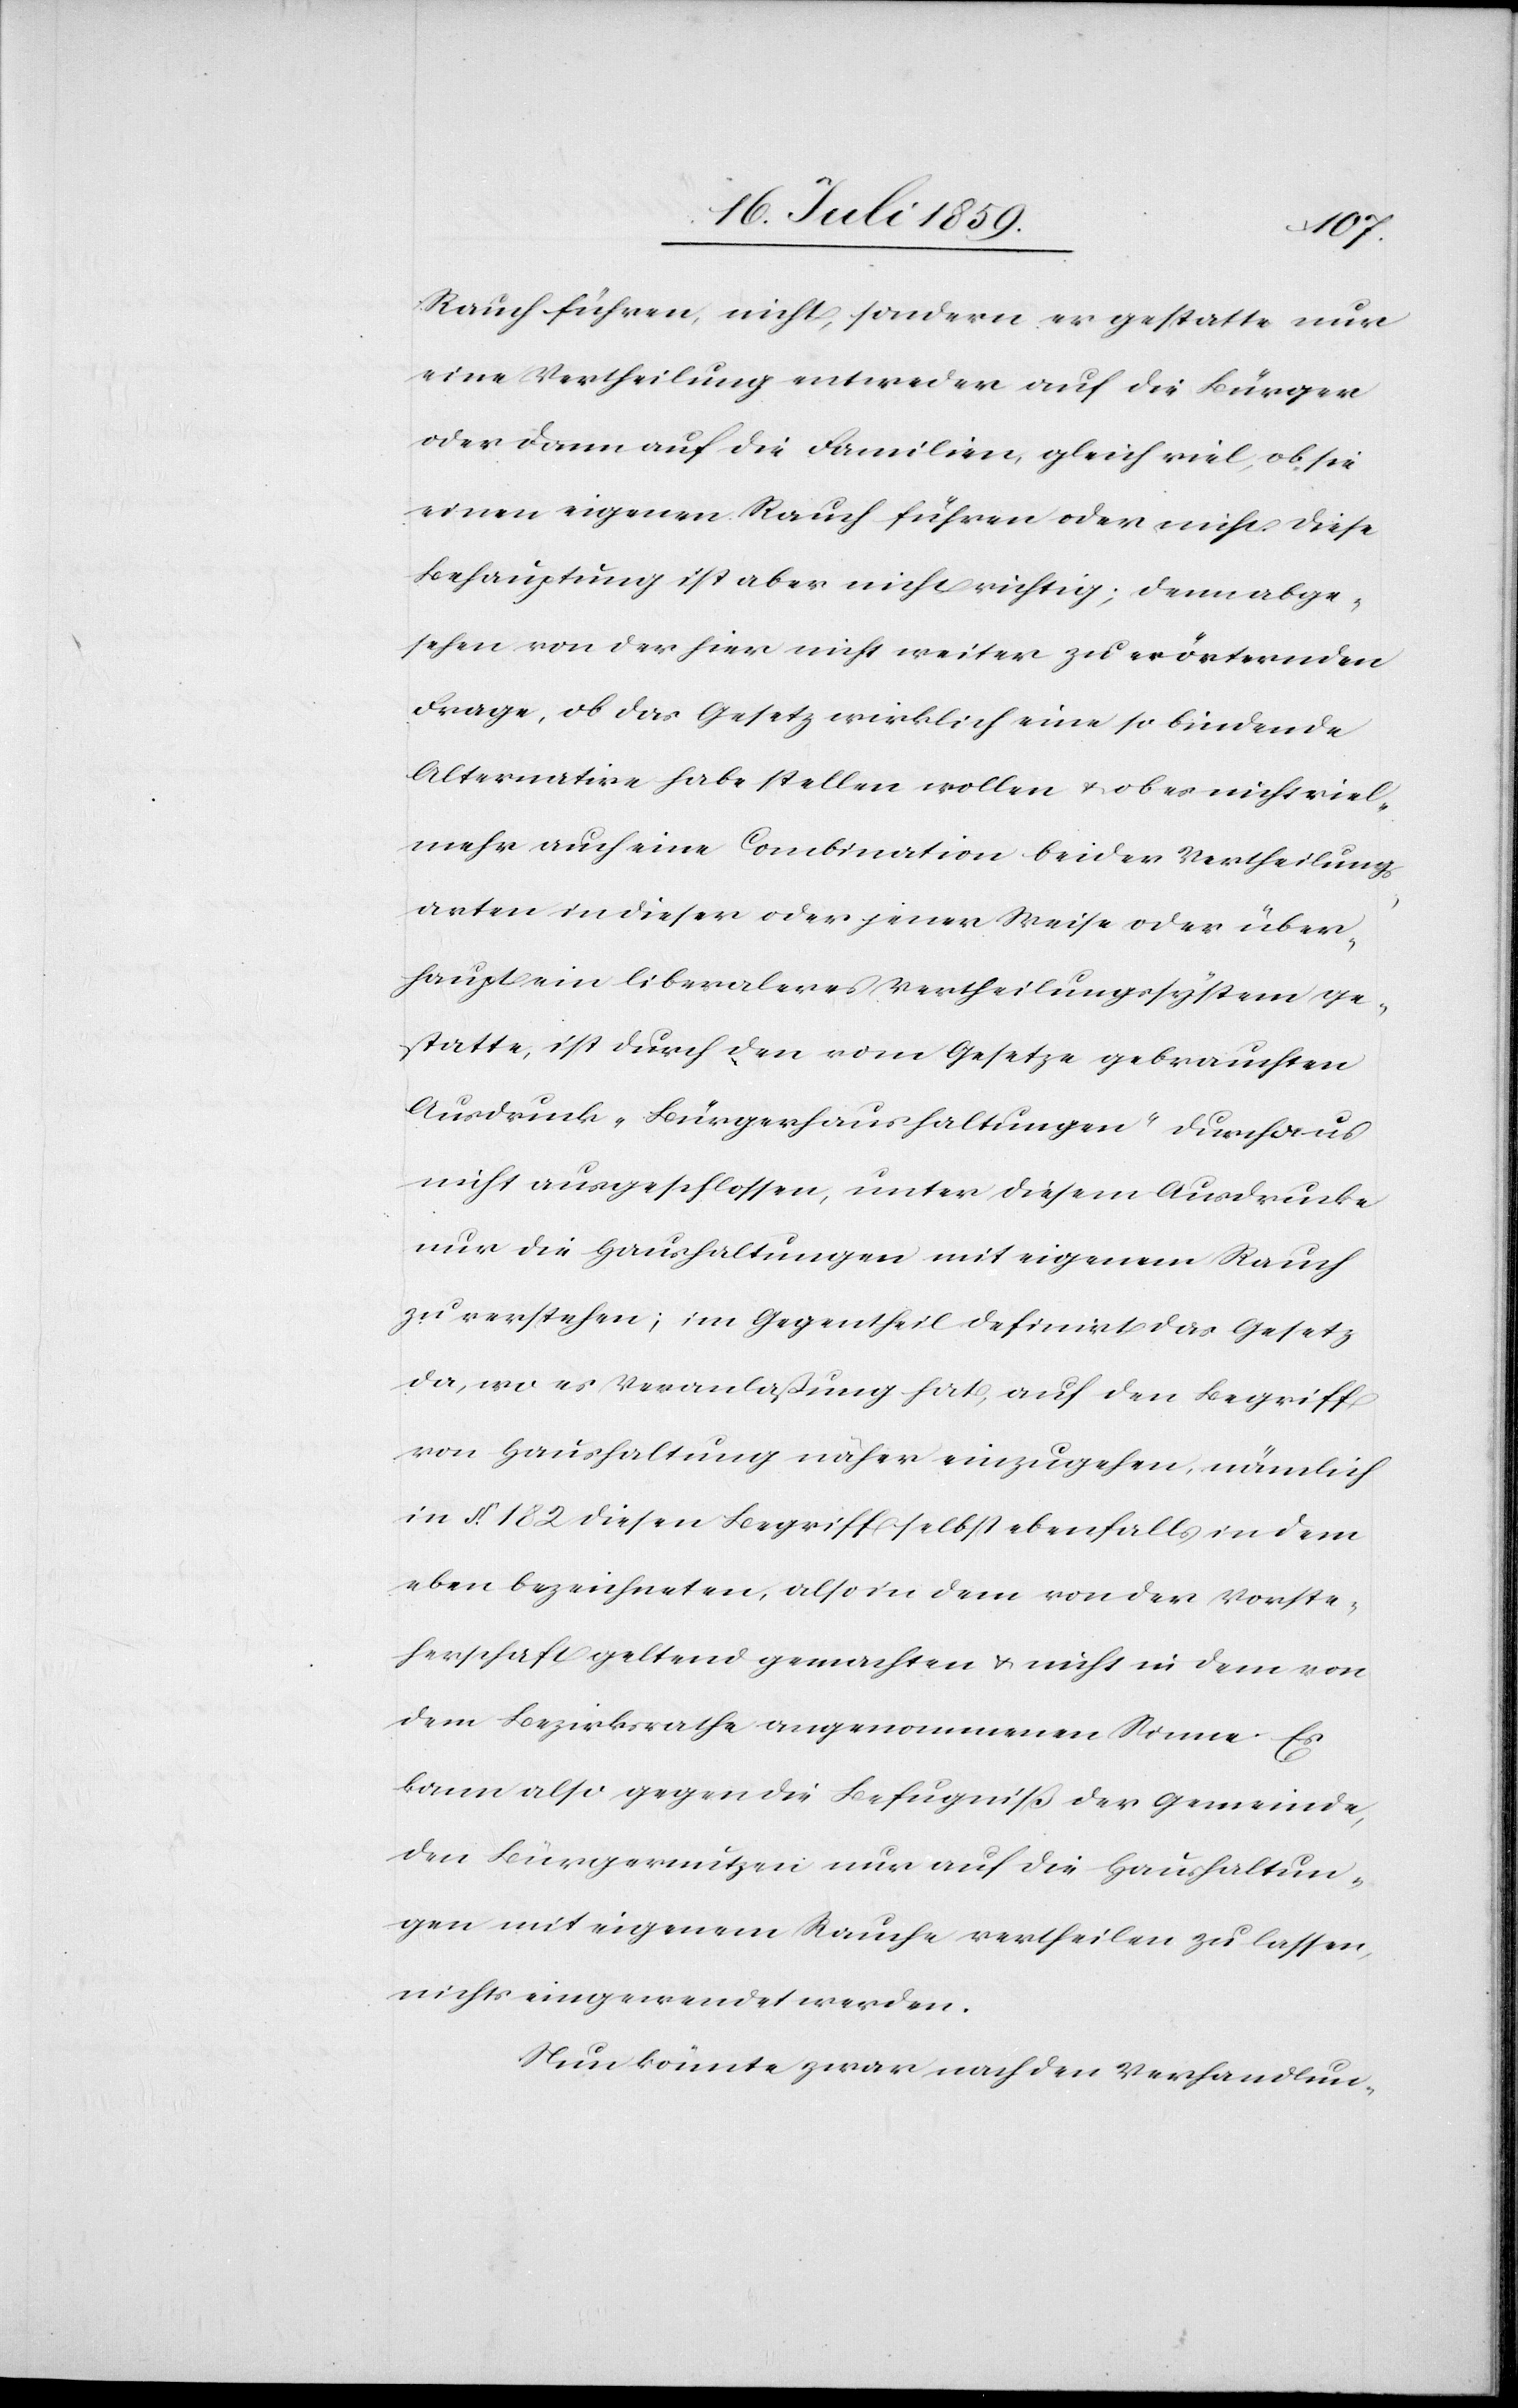
Rauch führen, nicht, sondern er gestatte nur
eine Vertheilung entweder auf die Bürger
oder dann auf die Familien, gleich viel, ob sie
einen eigenen Rauch führen oder nicht. Diese
Behauptung ist aber nicht richtig; denn abge¬
sehen von der hier nicht weiter zu erörternden
Frage, ob das Gesetz wirklich eine so bindende
Alternative habe stellen wollen u. ob es nicht viel¬
mehr auch eine Combination beider Vertheilungs¬
arten in dieser oder jener Weise oder über¬
haupt ein liberaleres Vertheilungssystem ge¬
statte, ist durch den vom Gesetze gebrauchten
Ausdruck „Bürgerhaushaltungen“ durchaus
nicht ausgeschlossen, unter diesem Ausdrucke
nur die Haushaltungen mit eigenem Rauch
zu verstehen; im Gegentheil definirt das Gesetz
da, wo es Veranlaßung hat, auf den Begriff
von Haushaltung näher einzugehen, nämlich
in § 182 diesen Begriff selbst ebenfalls in dem
eben bezeichneten, also in dem von der Vorste¬
herschaft geltend gemachten u. nicht in dem von
dem Bezirksrathe angenommenen Sinne. Es
kann also gegen die Befugniß der Gemeinde,
den Bürgernutzen nur auf die Haushaltun¬
gen mit eigenem Rauche vertheilen zu lassen,
nichts eingewendet werden.
Nun könnte zwar nach den Verhandlun-